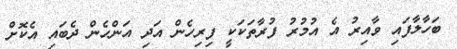
ބަހާލާފައި ވާއިރު އެ އުމުރު ފުރާތަކަކީ ފިރިހެން އަދި އަންހެން ދެބައި އެކޮށް